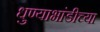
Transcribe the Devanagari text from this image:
धुण्याभांडीच्या